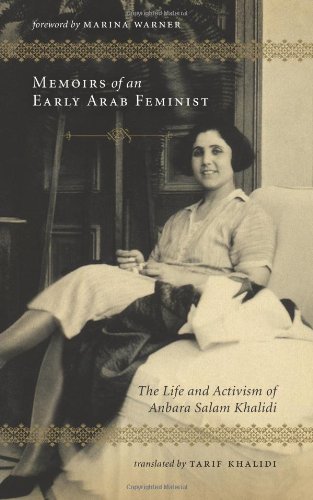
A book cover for Memoirs of an Early Arab Feminist: The Life and Activism of Anbara Salam Khalidi; Anbara Salam Khalidi; History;